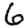
Digit: 6